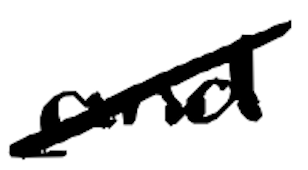
Text: and
Cross-out: diagonal
Writing tool: digital_black